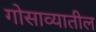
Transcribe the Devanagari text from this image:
गोसाव्यातील